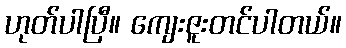
ဟုတ်ပါပြီ။ ကျေးဇူးတင်ပါတယ်။